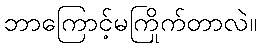
ဘာကြောင့်မကြိုက်တာလဲ။